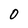
Character: 0